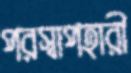
পরস্বাপহারী